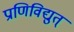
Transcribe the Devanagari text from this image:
प्राणिविद्युत्